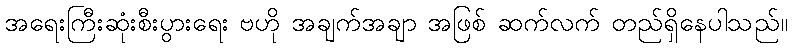
အရေးကြီးဆုံးစီးပွားရေး ဗဟို အချက်အချာ အဖြစ် ဆက်လက် တည်ရှိနေပါသည်။